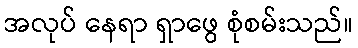
အလုပ် နေရာ ရှာဖွေ စုံစမ်းသည်။